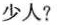
少人？